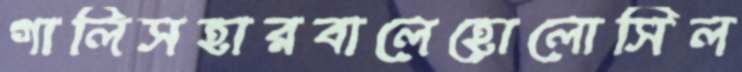
গালিসহারবালেহোলোসিল